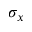
\sigma _ { x }